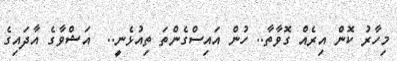
މިހާރު ކޮން އިރެއް ގޮވާތާ.. ހުން އައިސްގެންތަ ތިއުޅެނީ..  އަޝްވާގެ އާދައިގެ